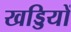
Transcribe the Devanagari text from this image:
खड्डियों